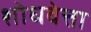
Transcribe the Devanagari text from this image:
शोधवेत्ता